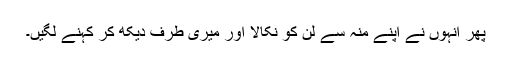
پھر انہوں نے اپنے منہ سے لن کو نکالا اور میری طرف دیکھ کر کہنے لگیں۔